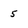
Character: 5